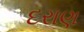
દરાણ